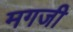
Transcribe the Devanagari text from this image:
मगजी